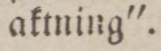
aktning”.